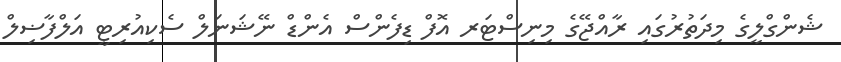
ޝެންގްލީގެ މިދަތުރުގައި ރާއްޖޭގެ މިނިސްޓަރ އޮފް ޑިފެންސް އެންޑް ނޭޝަނަލް ސެކިއުރިޓީ އަލްފާޟިލް